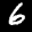
Digit: 6